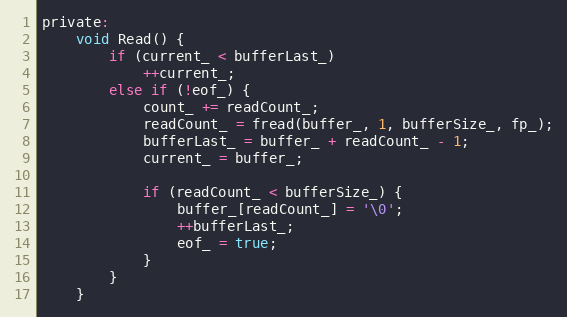
Language: C
private:
    void Read() {
        if (current_ < bufferLast_)
            ++current_;
        else if (!eof_) {
            count_ += readCount_;
            readCount_ = fread(buffer_, 1, bufferSize_, fp_);
            bufferLast_ = buffer_ + readCount_ - 1;
            current_ = buffer_;

            if (readCount_ < bufferSize_) {
                buffer_[readCount_] = '\0';
                ++bufferLast_;
                eof_ = true;
            }
        }
    }